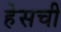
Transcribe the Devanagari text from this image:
हेसची